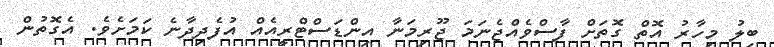
ބިލު މިހާރު އޮތް ގޮތަށް ފާސްވެއްޖެނަމަ ޖޫރިމަނާ އިންޑަސްޓްރީއެއް އުފެދިދާނެ ކަމަށެވެ. އެގޮތުން